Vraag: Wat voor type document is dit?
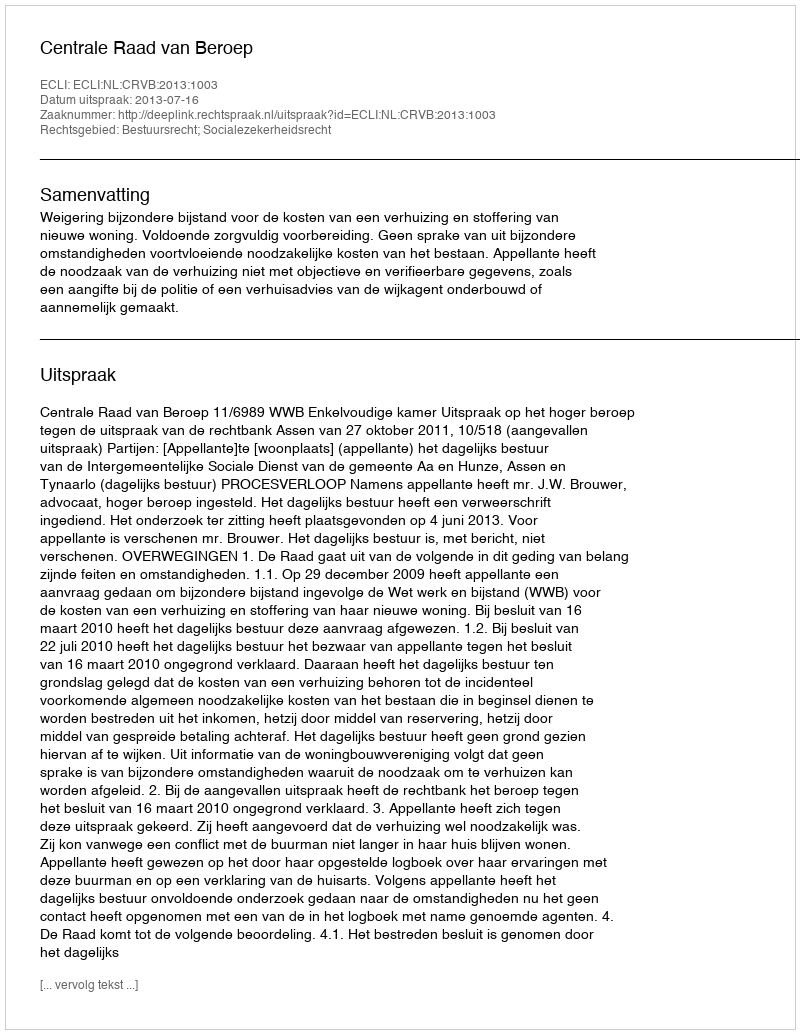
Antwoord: Uitspraak